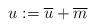
LaTeX: \begin{align*}u := \overline{u} + \overline{m}\end{align*}